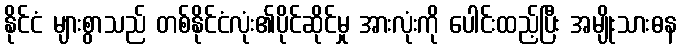
နိုင်ငံ များစွာသည် တစ်နိုင်ငံလုံး၏ပိုင်ဆိုင်မှု အားလုံးကို ပေါင်းထည့်ပြီး အမျိုးသားဓန